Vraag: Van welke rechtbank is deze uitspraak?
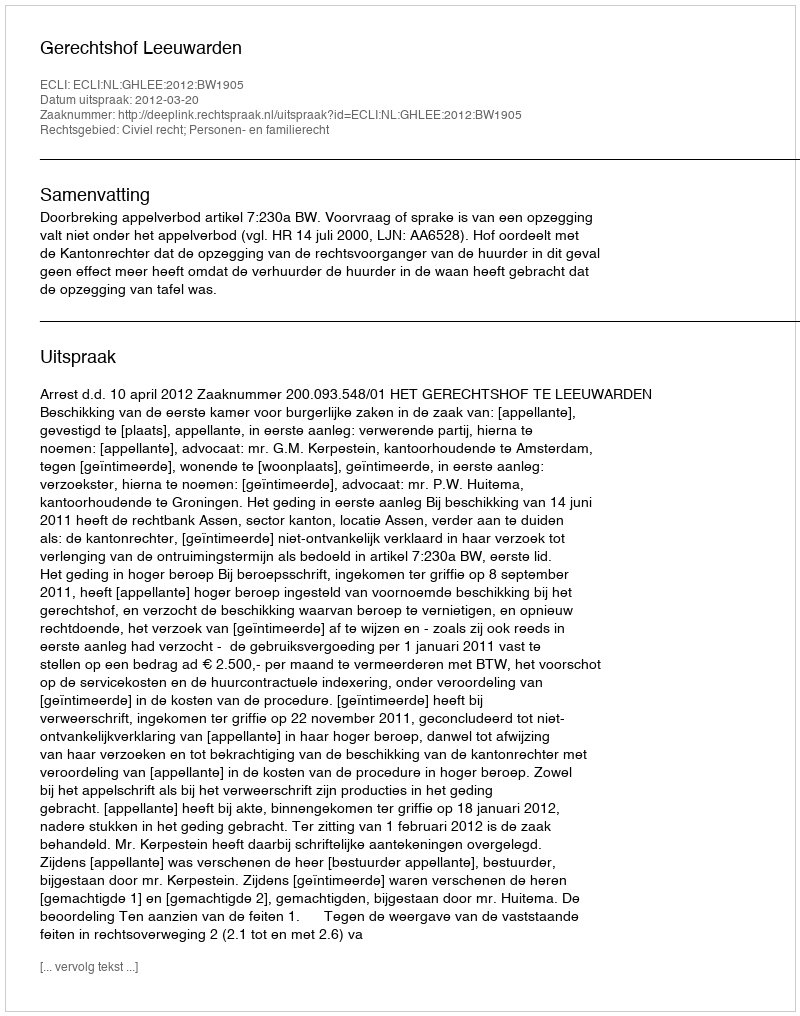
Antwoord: Gerechtshof Leeuwarden